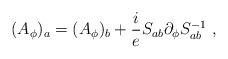
LaTeX: \begin{align*}(A_\phi)_a=(A_\phi)_b+\frac ieS_{ab}\partial_\phi S_{ab}^{-1} \ ,\end{align*}